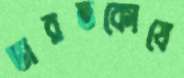
ভারতকোষে